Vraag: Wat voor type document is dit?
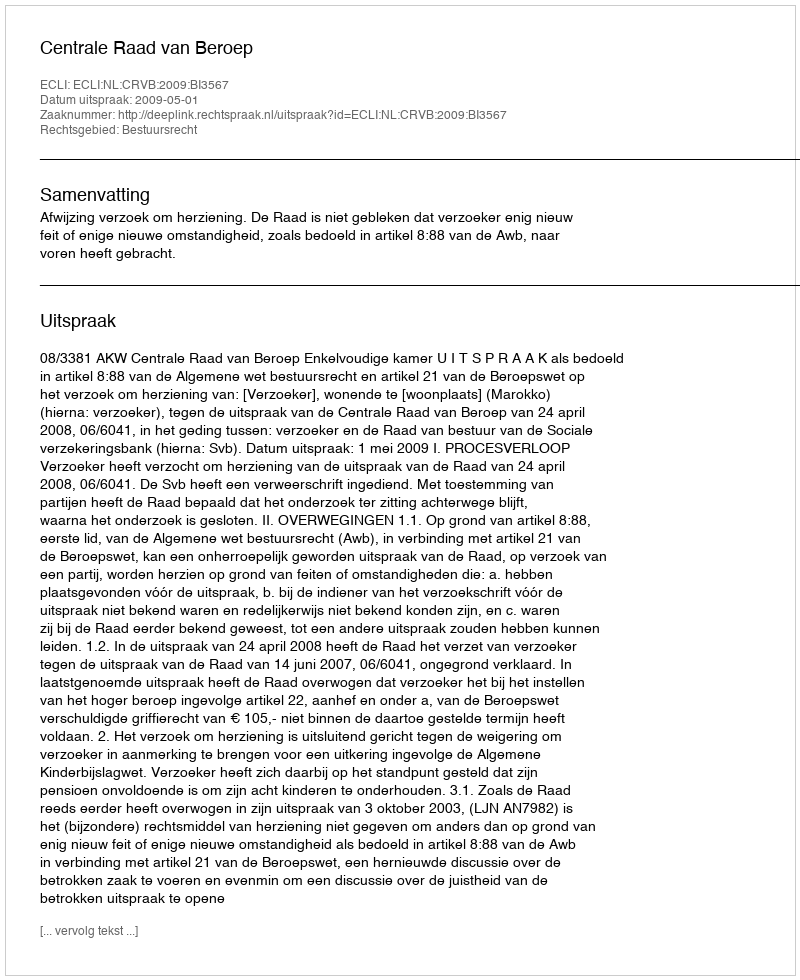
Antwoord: Uitspraak